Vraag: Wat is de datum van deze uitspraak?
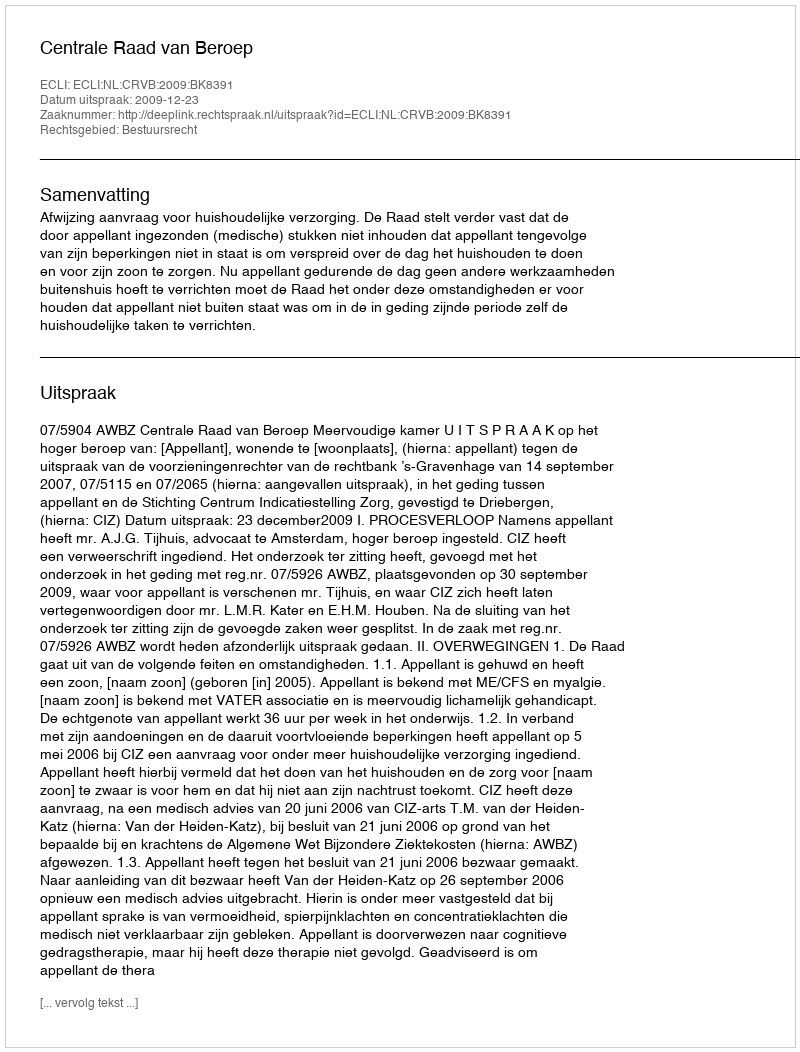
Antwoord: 2009-12-23